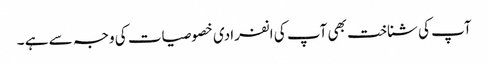
آپ کی شناخت بھی آپ کی انفرادی خصوصیات کی وجہ سے ہے ۔